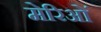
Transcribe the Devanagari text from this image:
मेरिओं